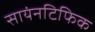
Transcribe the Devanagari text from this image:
सायंनटिफिक